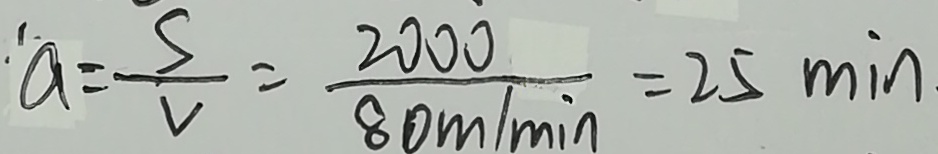
a = \frac { S } { v } = \frac { 2 0 0 0 } { 8 0 m / \min } = 2 5 \min